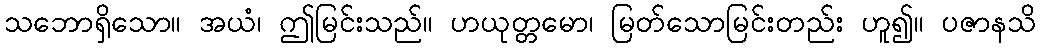
သဘောရှိသော။ အယံ၊ ဤမြင်းသည်။ ဟယုတ္တမော၊ မြတ်သောမြင်းတည်း ဟူ၍။ ပဇာနသိ